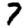
Digit: 7